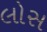
લોસ